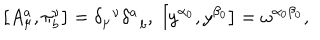
\left[ A _ { \mu } ^ { a } , \pi _ { b } ^ { \nu } \right] = \delta _ { \mu } ^ { \; \; \nu } \delta _ { \; \; b } ^ { a } , \; \left[ y ^ { \alpha _ { 0 } } , y ^ { \beta _ { 0 } } \right] = \omega ^ { \alpha _ { 0 } \beta _ { 0 } } ,